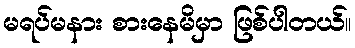
မရပ်မနား စားနေမိမှာ ဖြစ်ပါတယ်။